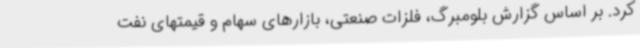
کرد. بر اساس گزارش بلومبرگ، فلزات صنعتی، بازارهای سهام و قیمتهای نفت